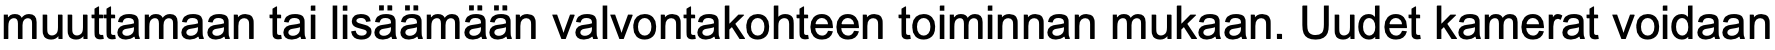
muuttamaan tai lisäämään valvontakohteen toiminnan mukaan. Uudet kamerat voidaan